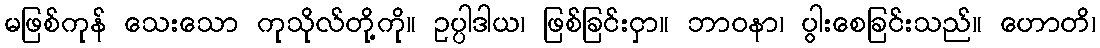
မဖြစ်ကုန် သေးသော ကုသိုလ်တို့ကို။ ဥပ္ပါဒါယ၊ ဖြစ်ခြင်းငှာ။ ဘာဝနာ၊ ပွါးစေခြင်းသည်။ ဟောတိ၊